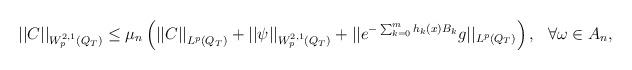
LaTeX: \begin{align*} {||C||}_{W^{2,1}_p(Q_T)}\le \mu_n\left({||C ||}_{L^p(Q_T)}+{||\psi ||}_{W^{2,1}_p(Q_T)}+||e^{-\sum_{k=0}^mh_k(x)B_k}g ||_{L^p(Q_T)}\right),~~ \forall\omega\in A_n,\end{align*}